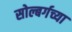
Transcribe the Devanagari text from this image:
सोल्बर्गच्या